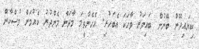
ކިޔައިދޭން ބޭނުން ބައިވަރު ވާހަކަ އެބަހުރި. އެހެންވީމަ މާދަން މެންދުރު ކެއުމަށް މުސްކާން